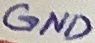
Text: GND